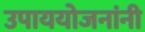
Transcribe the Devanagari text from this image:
उपाययोजनांनी